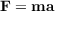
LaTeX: \mathbf { F } = \mathbf { m } \mathbf { a }